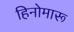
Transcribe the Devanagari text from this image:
हिनोमारू